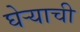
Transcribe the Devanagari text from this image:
घेऱ्याची